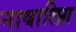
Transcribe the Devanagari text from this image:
नाबालिग़